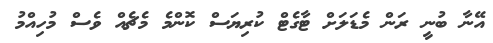
އޭނާ ބުނީ ރަން މެޑަލަށް ޓާގެޓް ކުރިޔަސް ކޮންމެ މެޗެއް ވެސް މުހިއްމު